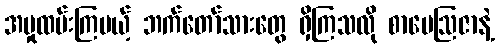
အမှုထမ်းကြမယ့် ဘက်တော်သားတွေ ရှိကြသလို စာပေဩဇာနဲ့